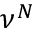
\nu ^ { N }